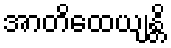
အာတိထေယျန္တိ